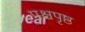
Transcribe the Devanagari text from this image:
पश्चपृष्ठ